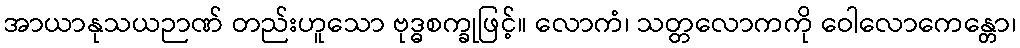
အာယာနုသယဉာဏ် တည်းဟူသော ဗုဒ္ဓစက္ခုဖြင့်။ လောကံ၊ သတ္တလောကကို ဝေါလောကေန္တော၊